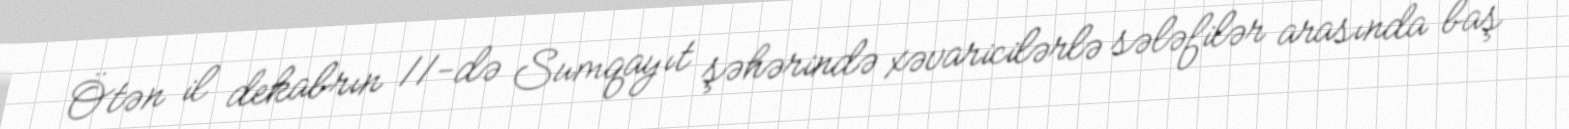
Ötən il dekabrın 11-də Sumqayıt şəhərində xəvaricilərlə sələfilər arasında baş